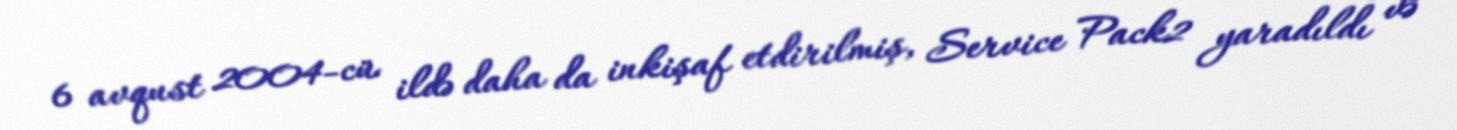
6 avqust 2004-cü ildə daha da inkişaf etdirilmiş, Service Pack2 yaradıldı və